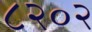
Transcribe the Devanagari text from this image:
८२०२